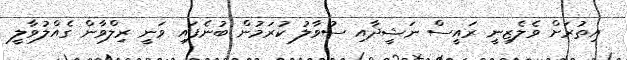
އިތުރަށް ވެލެޒިނީ ރައީސް ނަޝީދާއި ސުވާލު ކުރަމުން ބުނެފައި ވަނީ ރިލްވާން ގެއްލުވާލީ